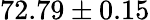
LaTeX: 72.79\pm 0.15